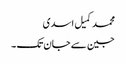
محمد کمیل اسدی
جین سے جان تک ۔